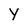
Character: Y